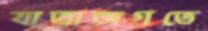
যাত্রাজগতে